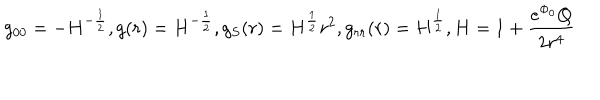
g _ { 0 0 } = - H ^ { - \frac { 1 } { 2 } } , g ( r ) = H ^ { - \frac { 1 } { 2 } } , g _ { S } ( r ) = H ^ { \frac { 1 } { 2 } } r ^ { 2 } , g _ { r r } ( r ) = H ^ { \frac { 1 } { 2 } } , H = 1 + \frac { e ^ { \Phi _ { 0 } } Q } { 2 r ^ { 4 } }